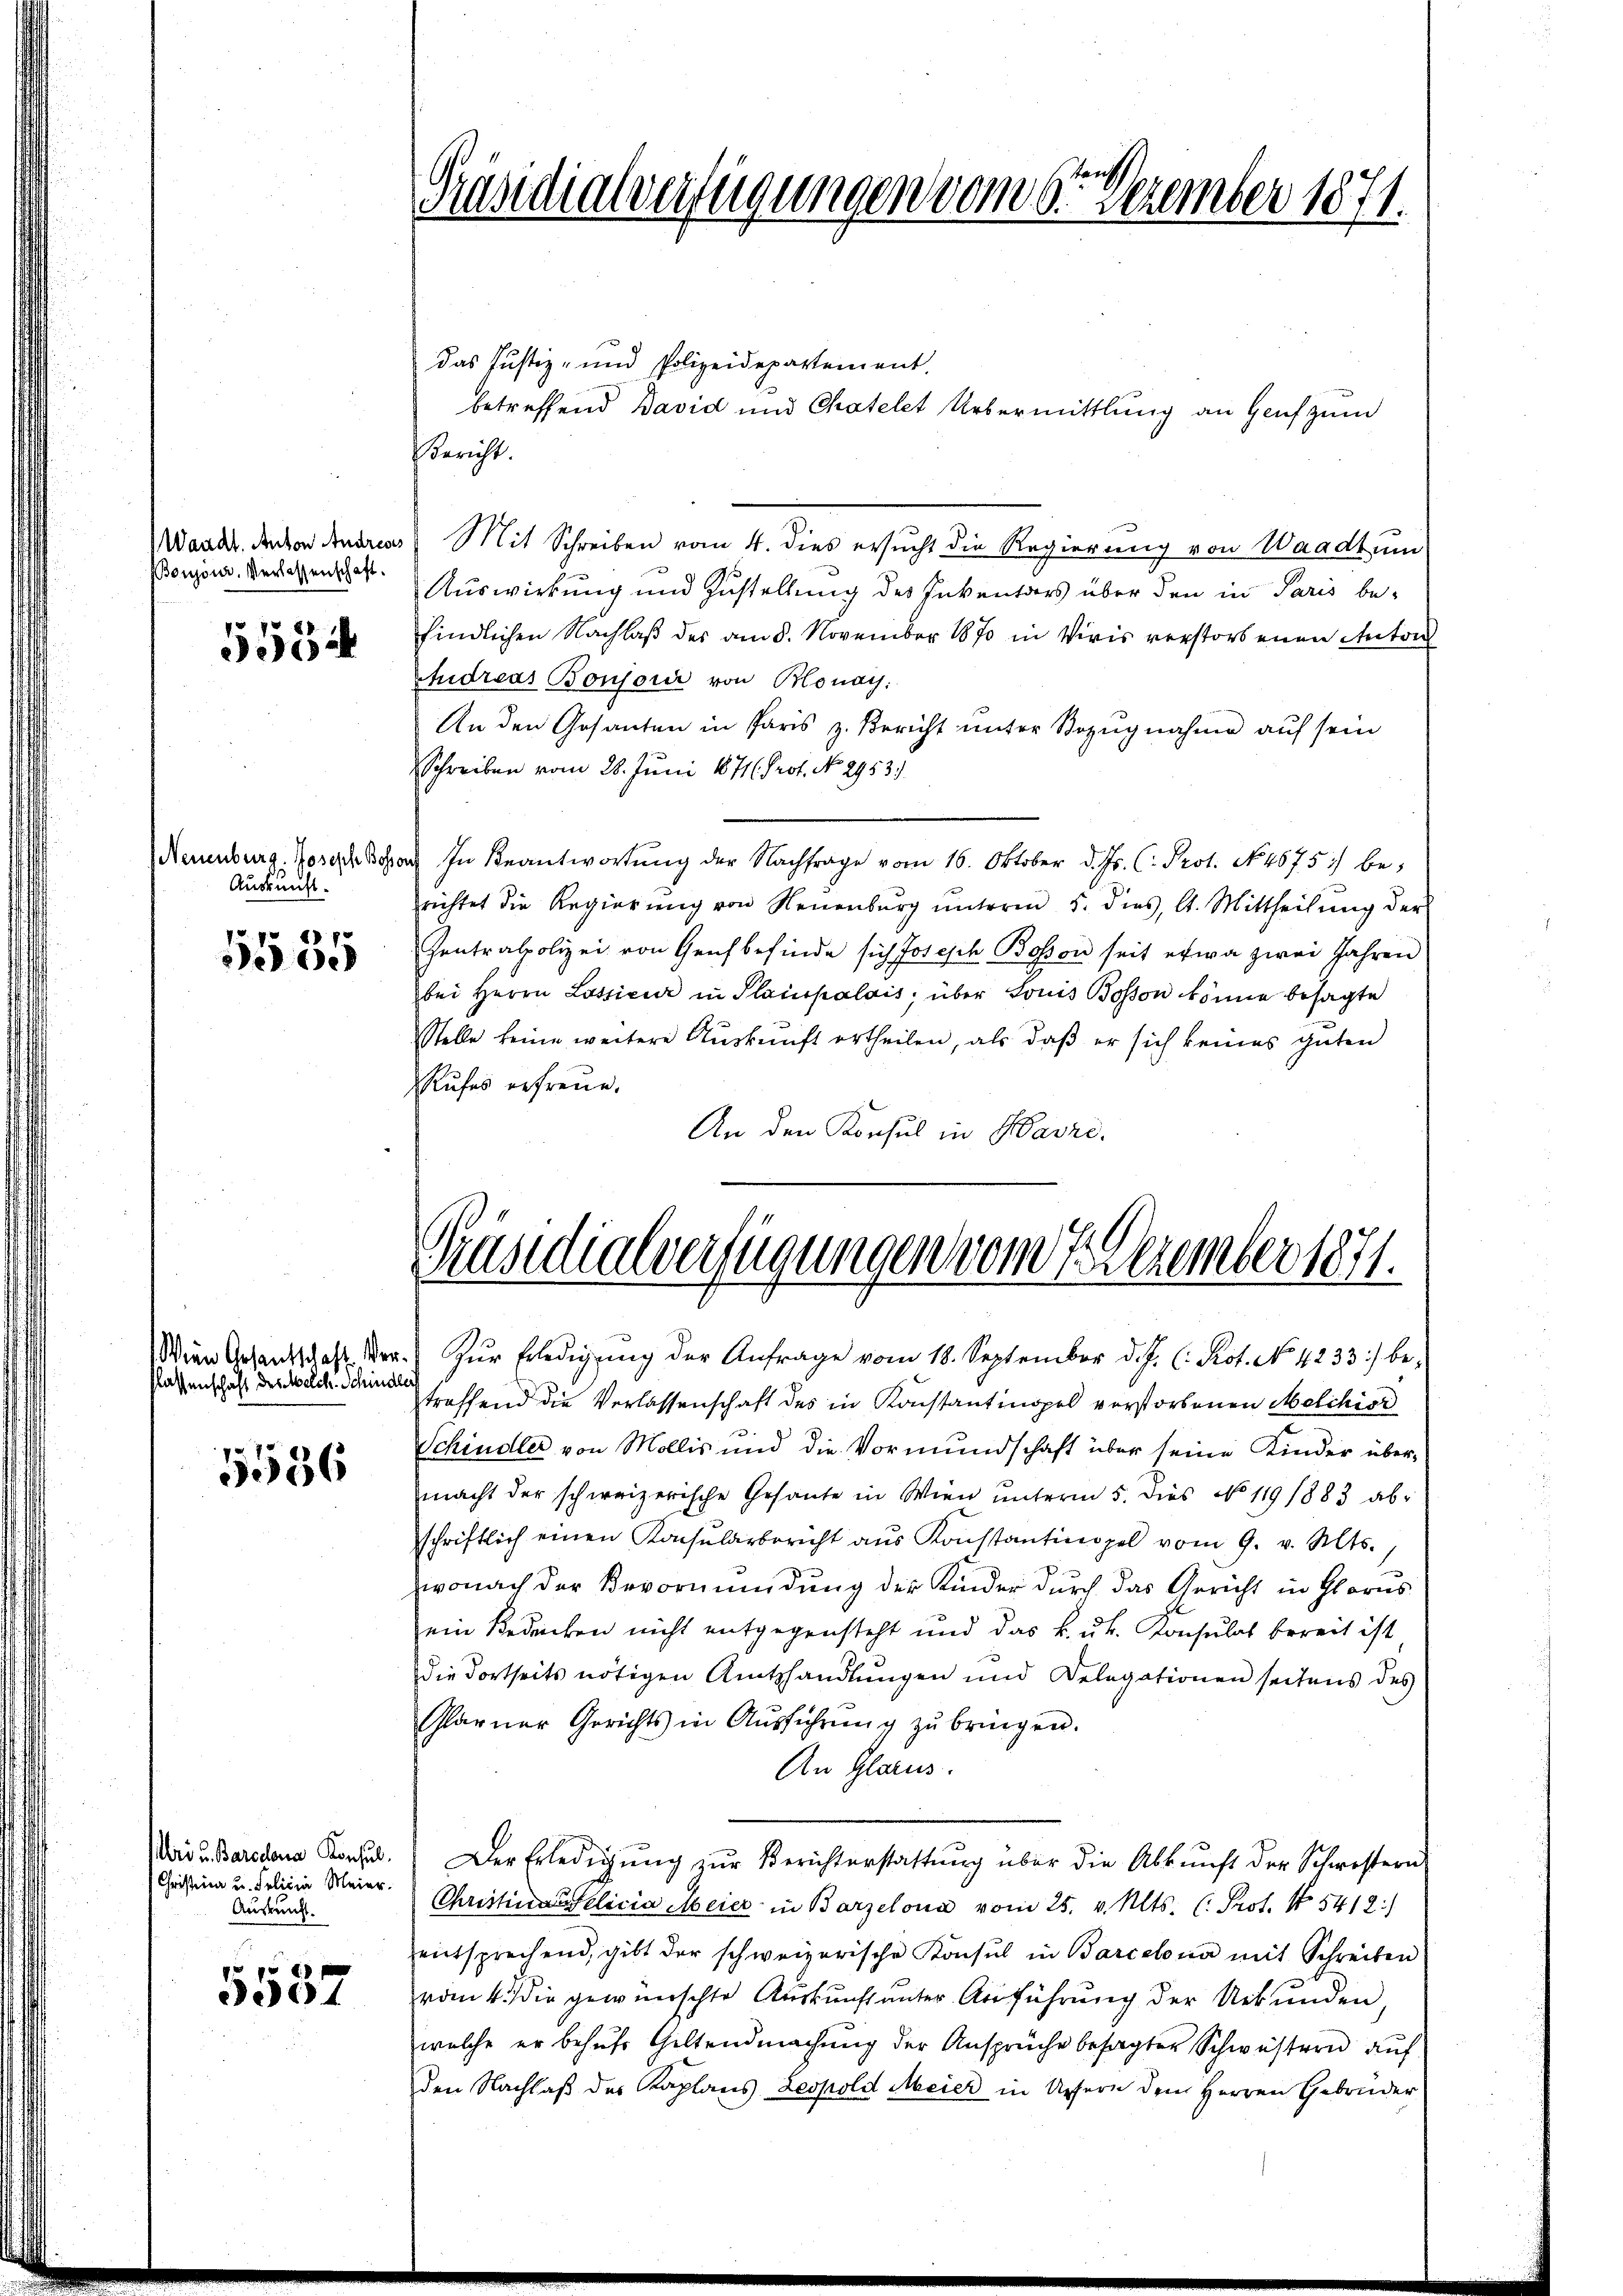
Waadt. Anton Andreas
Boujour. Verlassenschaft.

5552

(Neuenburg, Joseph Bosson
Auskunft.

1870
e

flassenschaft der Welch. Schindlei

5536

Uri u. Barschen Konsul
Christina u. Policia Meier.
Auskunft.

pr 1
94

Präsidialverfügungen vom 6ten Dezember 1871.

das Justiz- und Polizeidepartement.
betreffend David und Chatelet Uebermittlung an Genf zum
Bericht.
Mit Schreiben vom 4. dies ersŭcht die Regierung von Waadt um
Auswirkung und Zustellung des Inventars über den in Paris be-
findlichen Nachlaß des am 8. November 1870 in Viris verstorbenen Anton
Andreas Bonjour von Blonay:
An den Gesanten in Paris z. Bericht unter Bezŭgnahme auf sein
Schreiben vom 28. Juni 1871 Prof. No. 2953.
In Beantwortŭng der Nachfrage vom 16. Oktober d. Js. (: Prot. No. 4675) be-
richtet die Regierŭng von Neuenburg ŭnterm 5. dies, lt. Mittheilŭng der
Zentralpolizei von Genf befinde sich Joseph Bosson seit etwa zwei Jahren
bei Herrn Lossieur in Plainpalais, über Louis Bosson könne besagte
Stelle keine weitere Aŭskŭnft ertheilen, als daβ er sich keines guten
Rufes erfreue.
An den Konsul in Baure.

Präsidialverfügungen vom Dezember 1871.
Wien Gesandtschaft der Zŭr Erledigŭng der Anfrage vom 18. September d. J. C. Prot. No 4233 :/ be-

traffend die Verlassenschaft des in Konstantinopel verstorbenen Melchior
Schindler von Mollis und die Vormundschaft über seine Kinder übermacht der schweizerische Gesante in Wien ŭnterm 5. dies No 119 1883 ab-
schriftlich einen Konsularbericht aŭs Konstantinopel vom 9. v. Mts.
wonach der Bevormundung der Kinder durch das Gericht in Glarus
ein Bedecken nicht entgegensteht und das k. u. Konsulat bereit ist
die dortseits nötigen Amtshandlungen und Delegationen seitens des
Glarner Gerichts in Aŭsführŭng zŭ bringen.
An Glarus.
Der Erledigŭng zŭr Berichterstattŭng über die Abkŭnft der Schwestern
Christinausalicia Meier in Barzelona vom 25. v. Mts. (: Prot. N 5412:)
entsprechend, gibt der schweizerische Konsul in Barcelona mit Schreiben
vom 4. die gewünschte Auskunft unter Anführung der Uebunden,
welche er behufs Giltendmachung der Ansprüche besagter Schwestern auf
den Nachlaß des Kaplans Leopold Meier in Ursern dem Herren Gebrüder